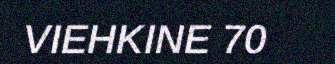
VIEHKINE 70